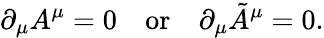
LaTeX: \partial_{\mu}A^{\mu}=0\quad\mathrm{or}\quad\partial_{\mu}\tilde{A}^{\mu}=0.